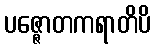
ပဇ္ဇောတကရာတိပိ